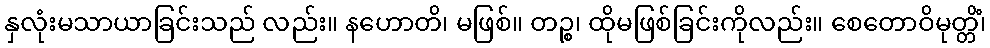
နှလုံးမသာယာခြင်းသည် လည်း။ နဟောတိ၊ မဖြစ်။ တဉ္စ၊ ထိုမဖြစ်ခြင်းကိုလည်း။ စေတောဝိမုတ္တိံ၊